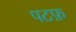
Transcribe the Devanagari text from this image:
पटफ़